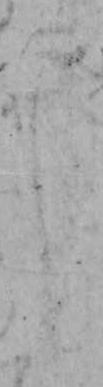
し